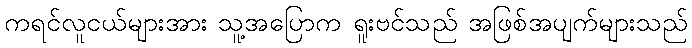
ကရင်လူငယ်များအား သူ့အပြောက ရူးဗင်သည် အဖြစ်အပျက်များသည်